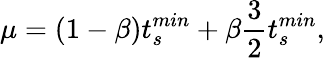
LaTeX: \mu=(1-\beta)t_{s}^{min}+\beta\frac{3}{2}t_{s}^{min},